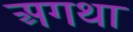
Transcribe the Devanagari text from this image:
अगथा